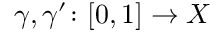
\gamma , \gamma ^ { \prime } \colon [ 0 , 1 ] \to X